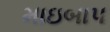
માઇબાપ